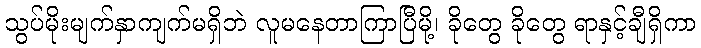
သွပ်မိုးမျက်နှာကျက်မရှိဘဲ လူမနေတာကြာပြီမို့၊ ခိုတွေ ခိုတွေ ရာနှင့်ချီရှိကာ